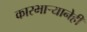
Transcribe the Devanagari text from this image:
कारभार्‍यानेही